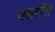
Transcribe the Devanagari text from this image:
यज्ञांत